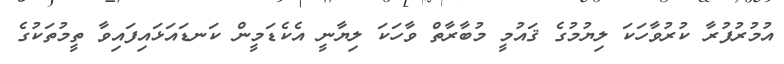
އުމުރުފުރާ ކުރުވާހަކަ ލިޔުމުގެ ޤައުމީ މުބާރާތް ވާހަކަ ލިޔާނީ އެކެޑަމީން ކަނޑައަޅައިފައިވާ ތީމުތަކުގެ